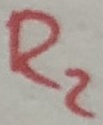
Text: R2